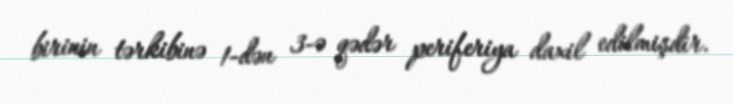
birinin tərkibinə 1-dən 3-ə qədər periferiya daxil edilmişdir.